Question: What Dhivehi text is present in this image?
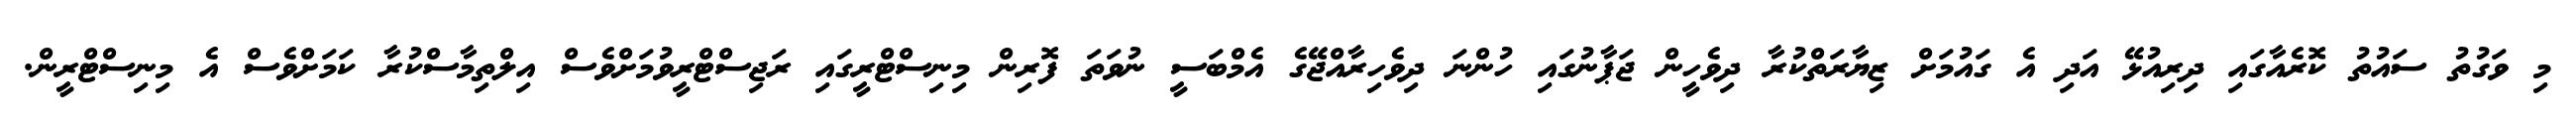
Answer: މި ވަގުތު ސައުތު ކޮރެއާގައި ދިރިއުޅޭ އަދި އެ ގައުމަށް ޒިޔާރަތްކުރާ ދިވެހީން ޖަޕާނުގައި ހުންނަ ދިވެހިރާއްޖޭގެ އެމްބަސީ ނުވަތަ ފޮރިން މިނިސްޓްރީގައި ރަޖިސްޓްރީވުމަށްވެސް އިލްތިމާސްކުރާ ކަމަށްވެސް އެ މިނިސްޓްރީން.